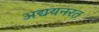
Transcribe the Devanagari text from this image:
अद्ययनरत